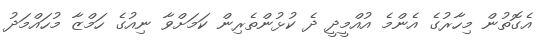
އެގޮތުން މިހާރުގެ އެންމެ އުއްމީދީ ދެ ކުޅުންތެރިން ކަމަށްވާ ނިއުގެ ހަމްޒާ މުހައްމަދު